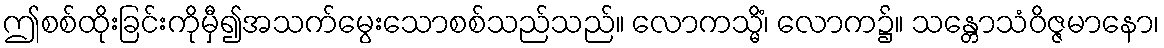
ဤစစ်ထိုးခြင်းကိုမှီ၍အသက်မွေးသောစစ်သည်သည်။ လောကသ္မိံ၊ လောက၌။ သန္တောသံဝိဇ္ဇမာနော၊